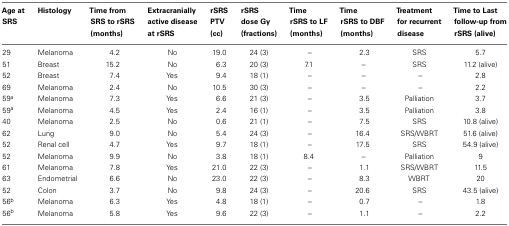
<table><thead><tr><td><b>Age at SRS</b></td><td><b>Histology</b></td><td><b>Time from SRS to rSRS (months)</b></td><td><b>Extracranially active disease at rSRS</b></td><td><b>rSRS PTV (cc)</b></td><td><b>rSRS dose Gy (fractions)</b></td><td><b>Time rSRS to LF (months)</b></td><td><b>Time rSRS to DBF (months)</b></td><td><b>Treatment for recurrent disease</b></td><td><b>Time to Last follow-up from rSRS (alive)</b></td></tr></thead><tbody><tr><td>29</td><td>Melanoma</td><td>4.2</td><td>No</td><td>19.0</td><td>24 (3)</td><td>–</td><td>2.3</td><td>SRS</td><td>5.7</td></tr><tr><td>51</td><td>Breast</td><td>15.2</td><td>No</td><td>6.3</td><td>20 (3)</td><td>7.1</td><td>–</td><td>SRS</td><td>11.2 (alive)</td></tr><tr><td>52</td><td>Breast</td><td>7.4</td><td>Yes</td><td>9.4</td><td>18 (1)</td><td>–</td><td>–</td><td>–</td><td>2.8</td></tr><tr><td>69</td><td>Melanoma</td><td>2.4</td><td>No</td><td>10.5</td><td>30 (3)</td><td>–</td><td>–</td><td>–</td><td>2.2</td></tr><tr><td>59<sup>a</sup></td><td>Melanoma</td><td>7.3</td><td>Yes</td><td>6.6</td><td>21 (3)</td><td>–</td><td>3.5</td><td>Palliation</td><td>3.7</td></tr><tr><td>59<sup>a</sup></td><td>Melanoma</td><td>4.5</td><td>Yes</td><td>2.4</td><td>16 (1)</td><td>–</td><td>3.5</td><td>Palliation</td><td>3.8</td></tr><tr><td>40</td><td>Melanoma</td><td>2.5</td><td>No</td><td>0.6</td><td>21 (1)</td><td>–</td><td>7.5</td><td>SRS</td><td>10.8 (alive)</td></tr><tr><td>62</td><td>Lung</td><td>9.0</td><td>No</td><td>5.4</td><td>24 (3)</td><td>–</td><td>16.4</td><td>SRS/WBRT</td><td>51.6 (alive)</td></tr><tr><td>52</td><td>Renal cell</td><td>4.7</td><td>Yes</td><td>9.7</td><td>18 (1)</td><td>–</td><td>17.5</td><td>SRS</td><td>54.9 (alive)</td></tr><tr><td>52</td><td>Melanoma</td><td>9.9</td><td>No</td><td>3.8</td><td>18 (1)</td><td>8.4</td><td>–</td><td>Palliation</td><td>9</td></tr><tr><td>61</td><td>Melanoma</td><td>7.8</td><td>Yes</td><td>21.0</td><td>22 (3)</td><td>–</td><td>1.1</td><td>SRS/WBRT</td><td>11.5</td></tr><tr><td>63</td><td>Endometrial</td><td>6.6</td><td>No</td><td>23.0</td><td>22 (3)</td><td>–</td><td>8.3</td><td>WBRT</td><td>20</td></tr><tr><td>52</td><td>Colon</td><td>3.7</td><td>No</td><td>9.8</td><td>24 (3)</td><td>–</td><td>20.6</td><td>SRS</td><td>43.5 (alive)</td></tr><tr><td>56<sup>b</sup></td><td>Melanoma</td><td>6.3</td><td>Yes</td><td>4.8</td><td>18 (1)</td><td>–</td><td>0.7</td><td>–</td><td>1.8</td></tr><tr><td>56<sup>b</sup></td><td>Melanoma</td><td>5.8</td><td>Yes</td><td>9.6</td><td>22 (3)</td><td>–</td><td>1.1</td><td>–</td><td>2.2</td></tr></tbody></table>